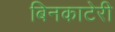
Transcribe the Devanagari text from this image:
बिनकाटेरी